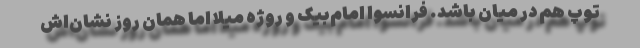
توپ هم در میان باشد. فرانسوا امام‌بیک و روژه میلا اما همان روز نشان‌اش